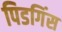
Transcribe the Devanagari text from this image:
पिडगिंस